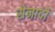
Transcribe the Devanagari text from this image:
सेनादो